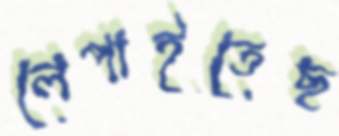
লেপাইতেছ